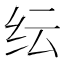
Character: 纭